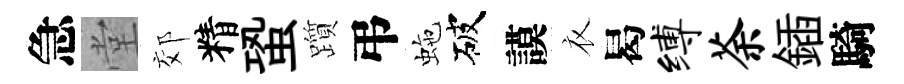
急堂郊精蛩躓弔虵破謨衣曷缚荼鍤騎